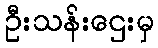
ဦးသန်းဌေးမှ